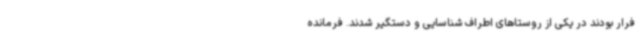
فرار بودند در یکی از روستاهای اطراف شناسایی و دستگیر شدند. فرمانده